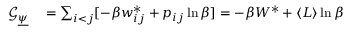
\begin{array} { r l } { \mathcal { G } _ { \underline { { \psi } } } } & { { } = \sum _ { i < j } [ - \beta w _ { i j } ^ { * } + p _ { i j } \ln \beta ] = - \beta W ^ { * } + \langle L \rangle \ln \beta } \end{array}